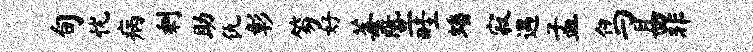
旬忧病剩助仇彰笏好莓暨畦蟠寂遇孟鸟且罪